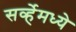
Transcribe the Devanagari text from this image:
सर्व्हेमध्ये